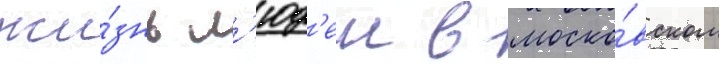
жи́знь л'юд'еи в моско́вском